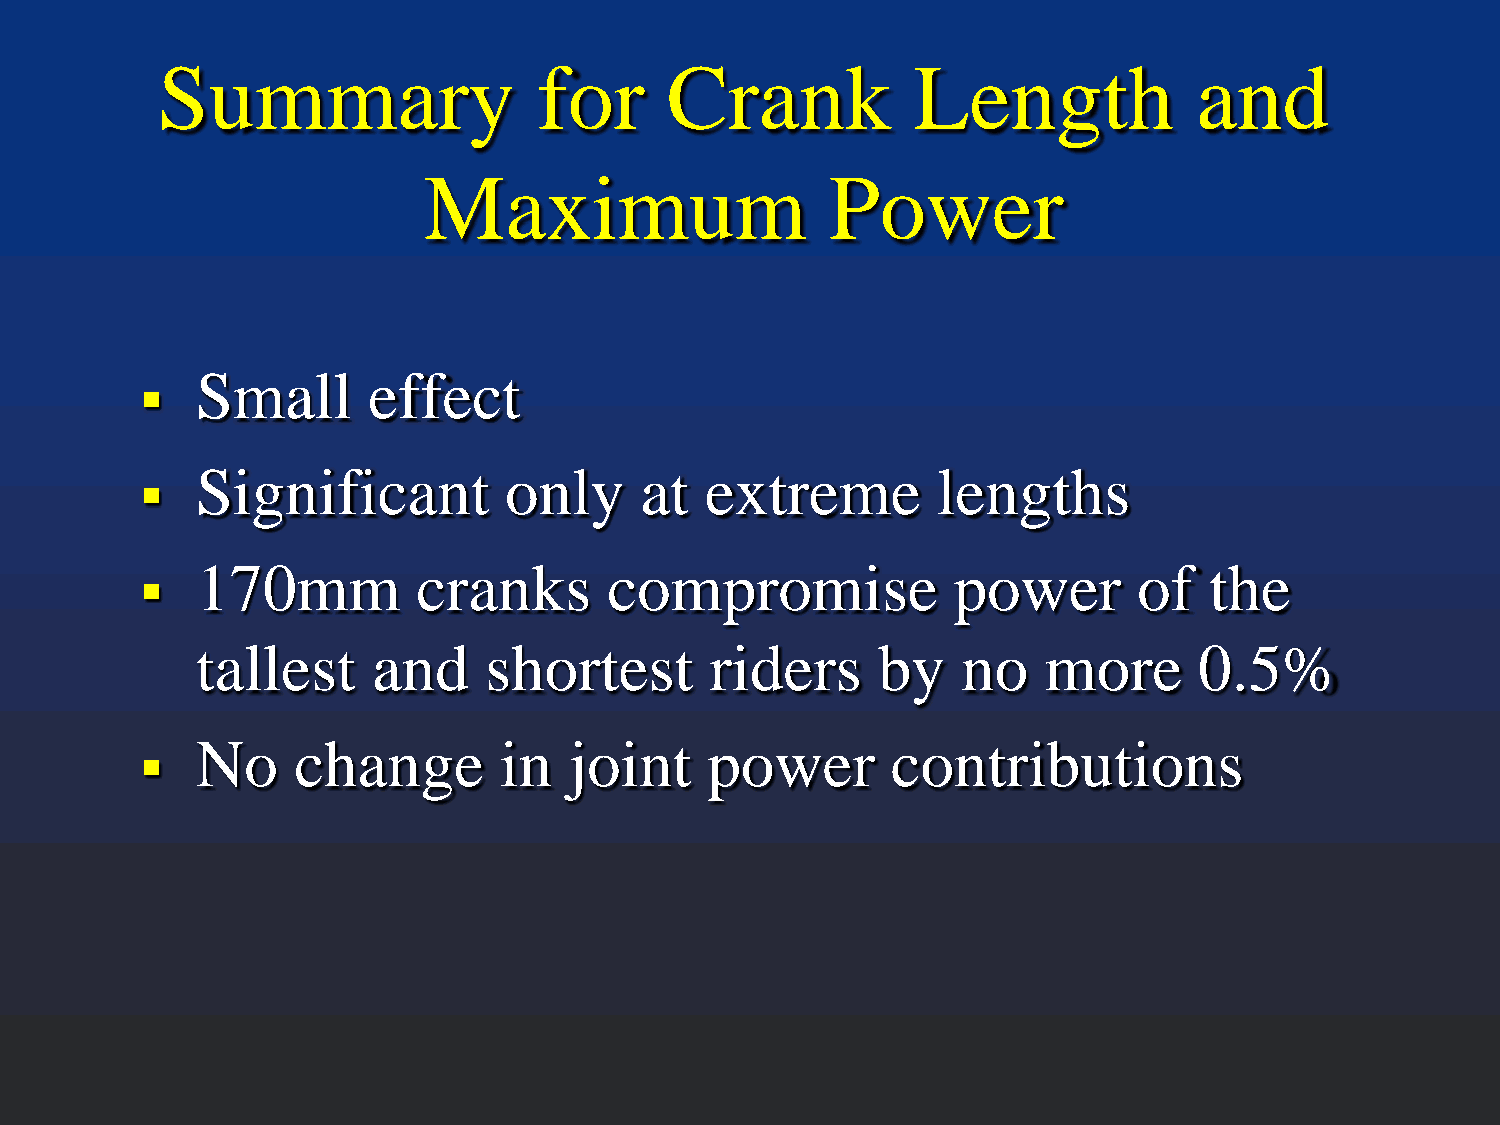
Summary                   for     Crank           Length             and
 Maximum                    Power
 Small      effect
 
 Significant         only     at   extreme        lengths
 
 170mm          cranks      compromise             power       of   the
 
 tallest     and    shortest       riders     by    no   more      0.5%
 No    change        in   joint    power       contributions
 